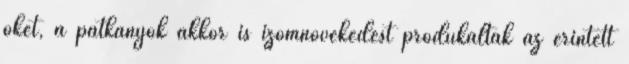
őket, a patkányok akkor is izomnövekedést produkáltak az érintett